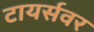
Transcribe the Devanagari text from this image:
टायर्सवर